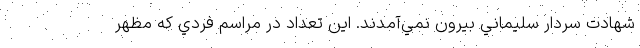
شهادت سردار سليماني بيرون نمي‌آمدند. اين تعداد در مراسم فردي كه مظهر